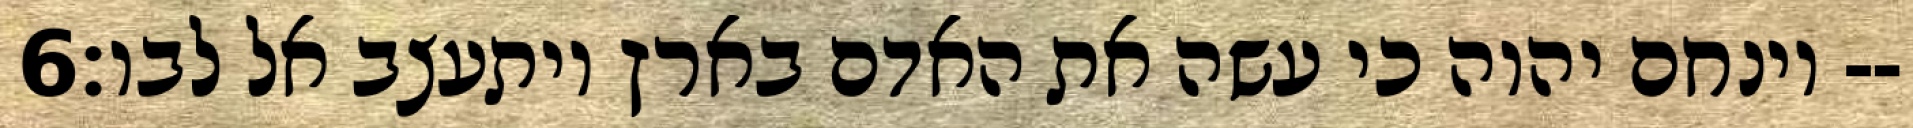
‎6‏ וינחם יהוה כי עשה את האדם בארץ ויתעצב אל לבו׃--